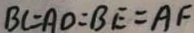
B C = A O = B E = A F